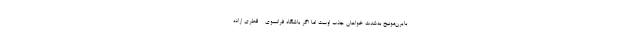
بایرن‌مونیخ به‌شدت خواهان جذب اوست اما اگر باشگاه فرانسوی - قطری اراده